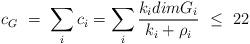
LaTeX: \begin{align*}c_G\ =\ \sum _i c_i = \sum _i {{k_idimG_i}\over {k_i+ \rho_i}}\ \leq \ 22\end{align*}